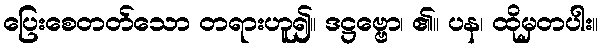
ပြေးစေတတ်သော တရားဟူ၍။ ဒဋ္ဌဗ္ဗော၊ ၏။ ပန၊ ထိုမှတပါး။